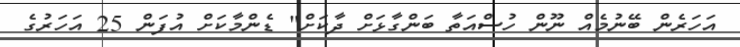
އަހަރެން ބޭނުމެއް ނޫން ހުސްއަތާ ބަންގާޅަށް ދާކަށް" ޑެންމާކަށް އުފަން 25 އަހަރުގެ